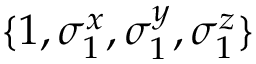
\{ 1 , \sigma _ { 1 } ^ { x } , \sigma _ { 1 } ^ { y } , \sigma _ { 1 } ^ { z } \}